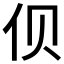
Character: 𱎡